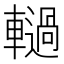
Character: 𮝫